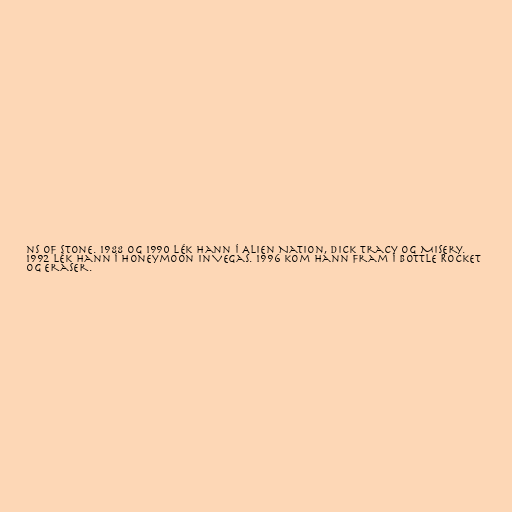
ns of Stone. 1988 og 1990 lék hann í Alien Nation, Dick Tracy og Misery.
1992 lék hann í Honeymoon in Vegas. 1996 kom hann fram í Bottle Rocket
og Eraser.